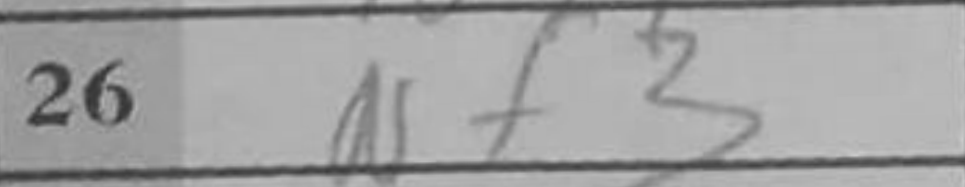
Transcription: Nf3